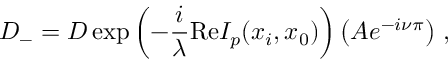
D _ { - } = D \exp \left( - \frac { i } { \lambda } \mathrm { R e } I _ { p } ( x _ { i } , x _ { 0 } ) \right) \left( A e ^ { - i \nu \pi } \right) \, ,